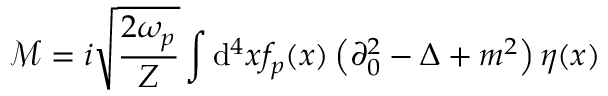
{ \mathcal { M } } = i { \sqrt { \frac { 2 \omega _ { p } } { Z } } } \int \mathrm { d } ^ { 4 } x f _ { p } ( x ) \left( \partial _ { 0 } ^ { 2 } - \Delta + m ^ { 2 } \right) \eta ( x )